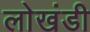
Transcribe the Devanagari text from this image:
लाेखंडी